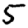
Digit: 5